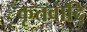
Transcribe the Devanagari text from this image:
कृतवादि